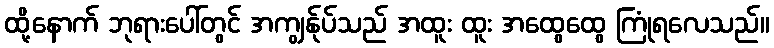
ထို့နောက် ဘုရားပေါ်တွင် အကျွန်ုပ်သည် အထူး ထူး အထွေထွေ ကြုံရလေသည်။